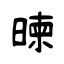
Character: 暕